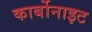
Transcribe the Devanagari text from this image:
कार्बोनाइट